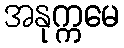
အနုက္ကမေ